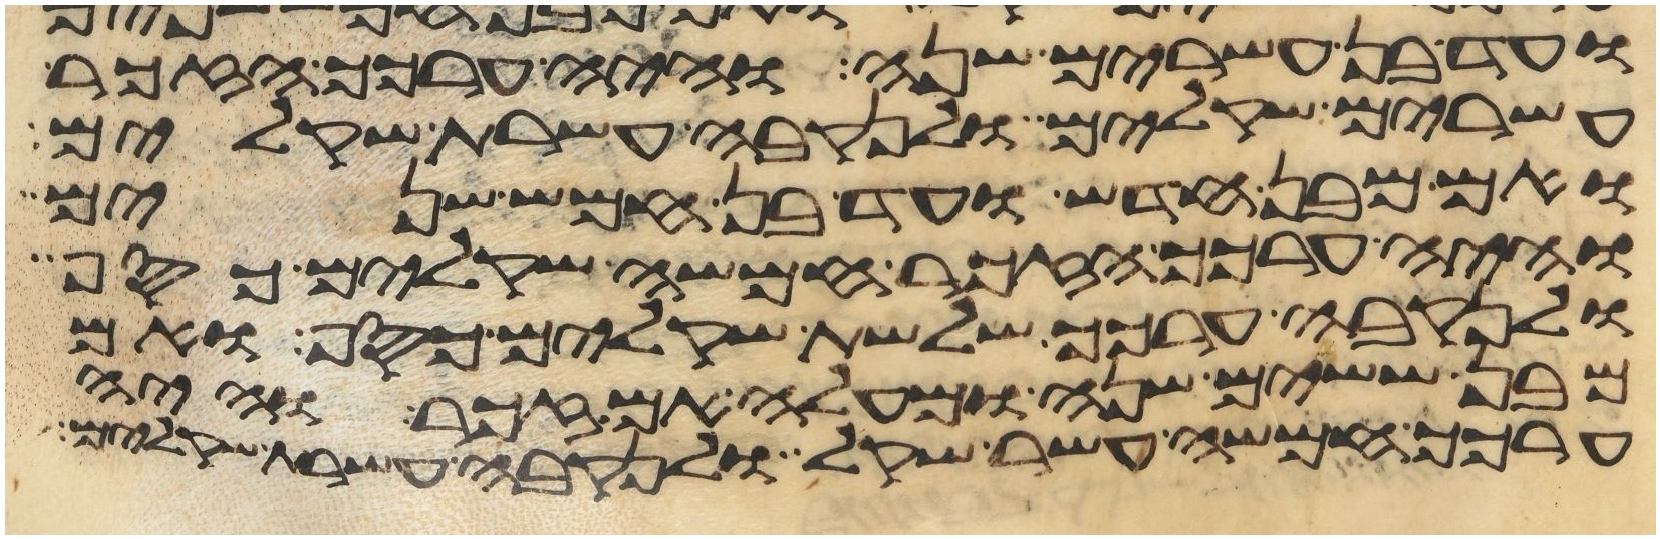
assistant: ועד בן עשרים שנה והיה ערכך הזכר
עשרים שקלים ולנקבה עשרת שקלים
ואם מבן חדש ועד בן חמש שנים
והיה ערכך הזכר חמשה שקלים כסף
ולנקבה ערכך שלשת שקלים כסף ואם
מבן ששים שנה ומעלה אם זכר והיה
ערכך חמשה עשר שקל ולנקבה עשרת שקלים